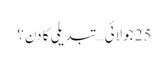
25 جولائی… تبدیلی کا دن؟